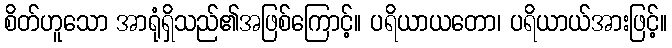
စိတ်ဟူသော အာရုံရှိသည်၏အဖြစ်ကြောင့်။ ပရိယာယတော၊ ပရိယာယ်အားဖြင့်။